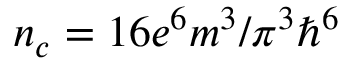
n _ { c } = 1 6 { e ^ { 6 } } { m ^ { 3 } } / { \pi ^ { 3 } } { \hbar ^ { 6 } }